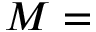
M =